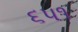
૬૫૧